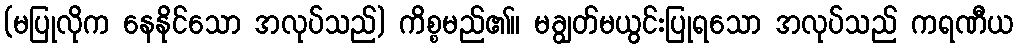
(မပြုလိုက နေနိုင်သော အလုပ်သည်) ကိစ္စမည်၏။ မချွတ်မယွင်းပြုရသော အလုပ်သည် ကရဏီယ